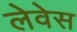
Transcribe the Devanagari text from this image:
लेवेस